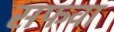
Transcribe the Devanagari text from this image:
सफवा